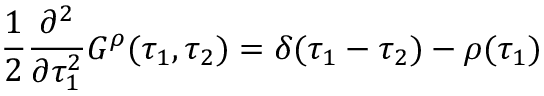
{ \frac { 1 } { 2 } } { \frac { \partial ^ { 2 } } { \partial \tau _ { 1 } ^ { 2 } } } G ^ { \rho } ( \tau _ { 1 } , \tau _ { 2 } ) = \delta ( \tau _ { 1 } - \tau _ { 2 } ) - \rho ( \tau _ { 1 } )